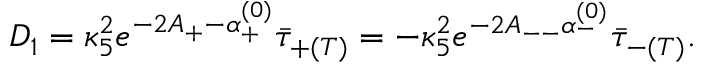
D _ { 1 } = \kappa _ { 5 } ^ { 2 } e ^ { - 2 A _ { + } - \alpha _ { + } ^ { ( 0 ) } } \bar { \tau } _ { + ( T ) } = - \kappa _ { 5 } ^ { 2 } e ^ { - 2 A _ { -- } \alpha _ { - } ^ { ( 0 ) } } \bar { \tau } _ { - ( T ) } .